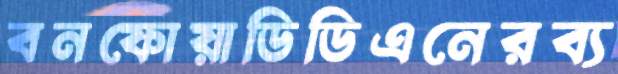
বনফোয়াডিডিএনেরব্য